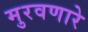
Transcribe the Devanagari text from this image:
मुरवणारे